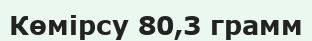
Көмірсу 80,3 грамм